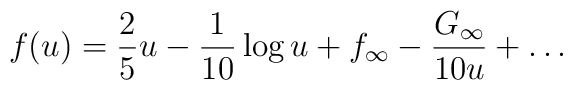
f(u)=\frac{2}{5} u-\frac{1}{10} \log u + f_{\infty} -\frac{G_{\infty}}{10 u}+\ldots